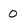
Character: 0